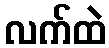
လက်ထဲ